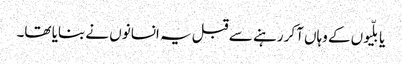
یا بلّیوں کے وہاں آکر رہنے سے قبل یہ انسانوں نے بنایا تھا۔